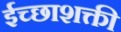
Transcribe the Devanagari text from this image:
ईच्छाशक्ती